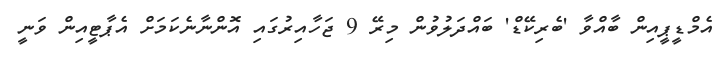
އެމްޑީޕީއިން ބާއްވާ 'ބެރިކޭޑް' ބައްދަލުވުން މިރޭ 9 ޖަހާއިރުގައި އޮންނާނެކަމަށް އެޕާޓީއިން ވަނީ